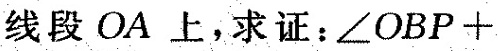
线段OA上，求证：\angle OBP+